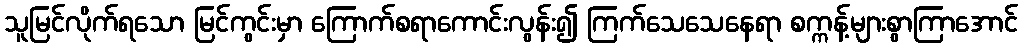
သူမြင်လိုက်ရသော မြင်ကွင်းမှာ ကြောက်စရာကောင်းလွန်း၍ ကြက်သေသေနေရာ စက္ကန့်များစွာကြာအောင်